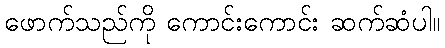
ဖောက်သည်ကို ကောင်းကောင်း ဆက်ဆံပါ။